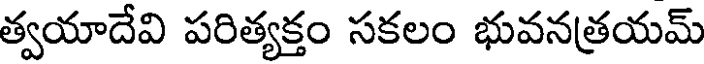
త్వయాదేవి పరిత్యక్తం సకలం భువనత్రయమ్